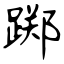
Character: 踯